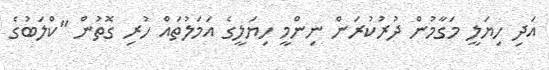
އަދި ހިޔަލީ މަގާމުން ދުރުކުރަން ނިންމީ ހިޔަލީގެ އަމަލުތައް ހުރި ގޮތުން "ކްލަބުގެ